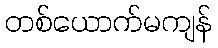
တစ်ယောက်မကျန်